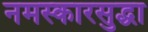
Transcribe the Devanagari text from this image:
नमस्कारसुद्धा